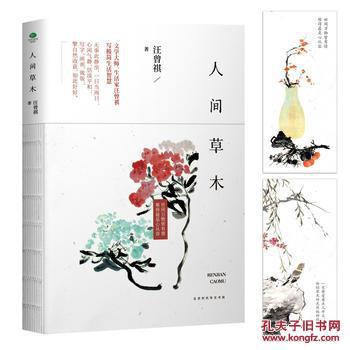
草木行列，烟消日出。